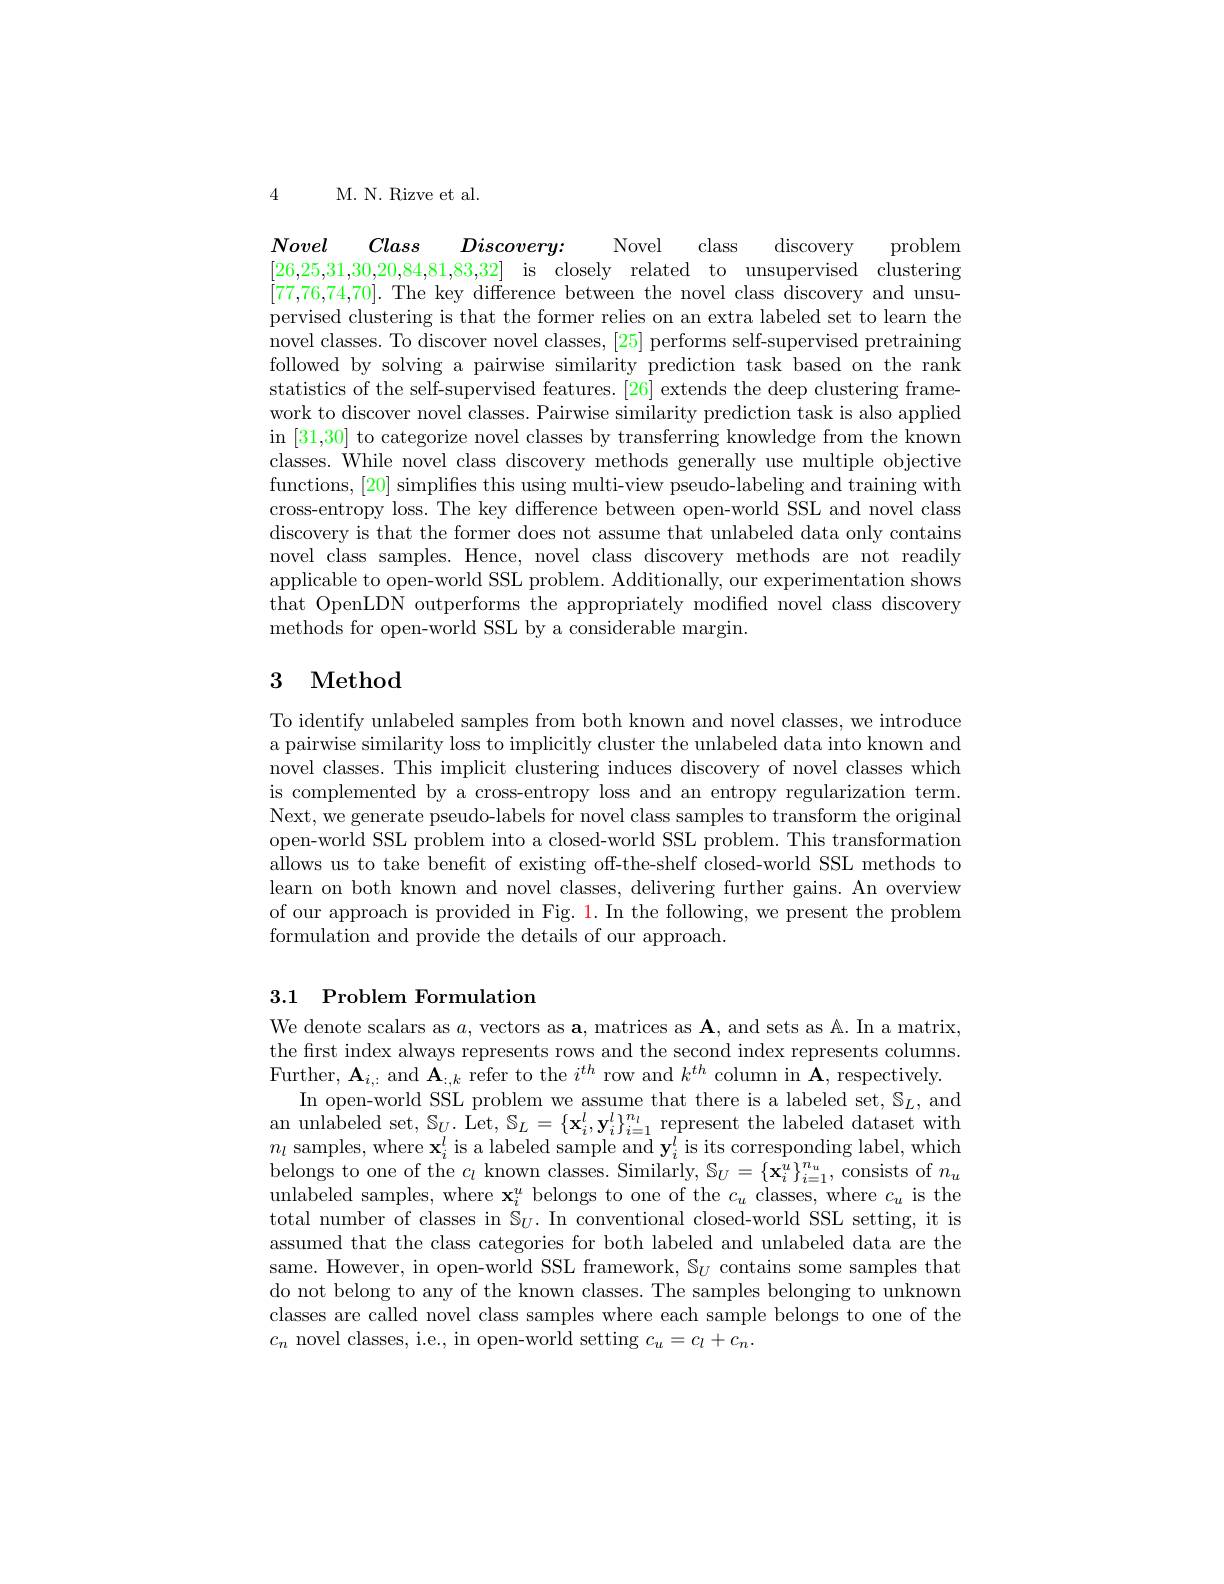
4

M. N. Rizve et al.

Novel
Class
Novel class
discovery
$Discovery:$
problem
[26,25,31,30,20,84,81,83,32] is closely related to unsupervised clustering [77,76,74,70]. The key difference between the novel class discovery and unsupervised clustering is that the former relies on an extra labeled set to learn the novel classes. To discover novel classes, [25] performs self-supervised pretraining followed by solving a pairwise similarity prediction task based on the rank statistics of the self-supervised features. [26] extends the deep clustering framework to discover novel classes. Pairwise similarity prediction task is also applied in [31,30] to categorize novel classes by transferring knowledge from the known classes. While novel class discovery methods generally use multiple objective functions, [20] simplifies this using multi-view pseudo-labeling and training with cross-entropy loss. The key difference between open-world SSL and novel class discovery is that the former does not assume that unlabeled data only contains novel class samples. Hence, novel class discovery methods are not readily applicable to open-world SSL problem. Additionally, our experimentation shows that OpenLDN outperforms the appropriately modified novel class discovery methods for open-world SSL by a considerable margin.

# 3 Method

To identify unlabeled samples from both known and novel classes, we introduce a pairwise similarity loss to implicitly cluster the unlabeled data into known and novel classes. This implicit clustering induces discovery of novel classes which is complemented by a cross-entropy loss and an entropy regularization term. Next, we generate pseudo-labels for novel class samples to transform the original open-world SSL problem into a closed-world SSL problem. This transformation allows us to take benefit of existing off-the-shelf closed-world SSL methods to learn on both known and novel classes, delivering further gains. An overview of our approach is provided in Fig. 1. In the following, we present the problem formulation and provide the details of our approach.

### 3.1 Problem Formulation

We denote scalars as $a$, vectors as a, matrices as $\mathbf{A}$, and sets as A. In a matrix, the first index always represents rows and the second index represents columns. Further, $\mathbf{A}_i,:$ and $\mathbf{A}_{:,k}$ refer to the $i^th$ row and $k^th$ column in $\mathbf{A}$, respectively.
In open-world SSL problem we assume that there is a labeled set, $\mathbb{S}_L$, and an unlabeled set, $\mathbb{S}_U.$ Let$,\mathbb{S}_L=\{\mathbf{x}_i^l,\mathbf{y}_i^l\}_{i=1}^{n_l}$ represent the labeled dataset with $n_l$ samples, where $\mathbf{x}_i^l$ is a labeled sample and $\mathbf{y}_i^l$ is its corresponding label, which belongs to one of the $c_l$ known classes. Similarly, $\mathbb{S}_U=\left\{\mathbf{x}_i^u\right\}_{i=1}^{n_u}$, consists of $n_u$ unlabeled samples, where $\mathbf{x}_i^u$ belongs to one of the $c_u$ classes, where $c_u$ is the total number of classes in $\dot{S}_U.$ In conventional closed-world SSL setting, it is assumed that the class categories for both labeled and unlabeled data are the same. However, in open-world SSL framework, $\mathbb{S}_U$ contains some samples that do not belong to any of the known classes. The samples belonging to unknown classes are called novel class samples where each sample belongs to one of the $c_n$ novel classes, i.e., in open-world setting $c_u=c_l+c_n.$